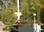
ટૂકો